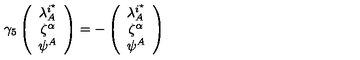
\gamma _ { 5 } \left( \begin{array} { c } { \lambda _ { A } ^ { i ^ { \star } } } \\ { \zeta ^ { \alpha } } \\ { \psi ^ { A } } \\ \end{array} \right) = - \left( \begin{array} { c } { \lambda _ { A } ^ { i ^ { \star } } } \\ { \zeta ^ { \alpha } } \\ { \psi ^ { A } } \\ \end{array} \right)